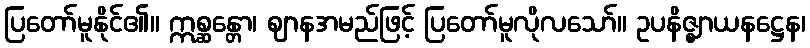
ပြတော်မူနိုင်၏။ ဣစ္ဆန္တော၊ ဈာနအမည်ဖြင့် ပြတော်မူလိုလသော်။ ဥပနိဇ္ဈာယနဋ္ဌေန၊